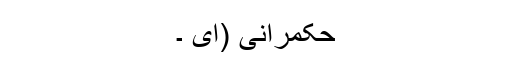
حکمرانی (ای ۔